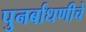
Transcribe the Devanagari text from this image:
पुनर्बाधणीचे